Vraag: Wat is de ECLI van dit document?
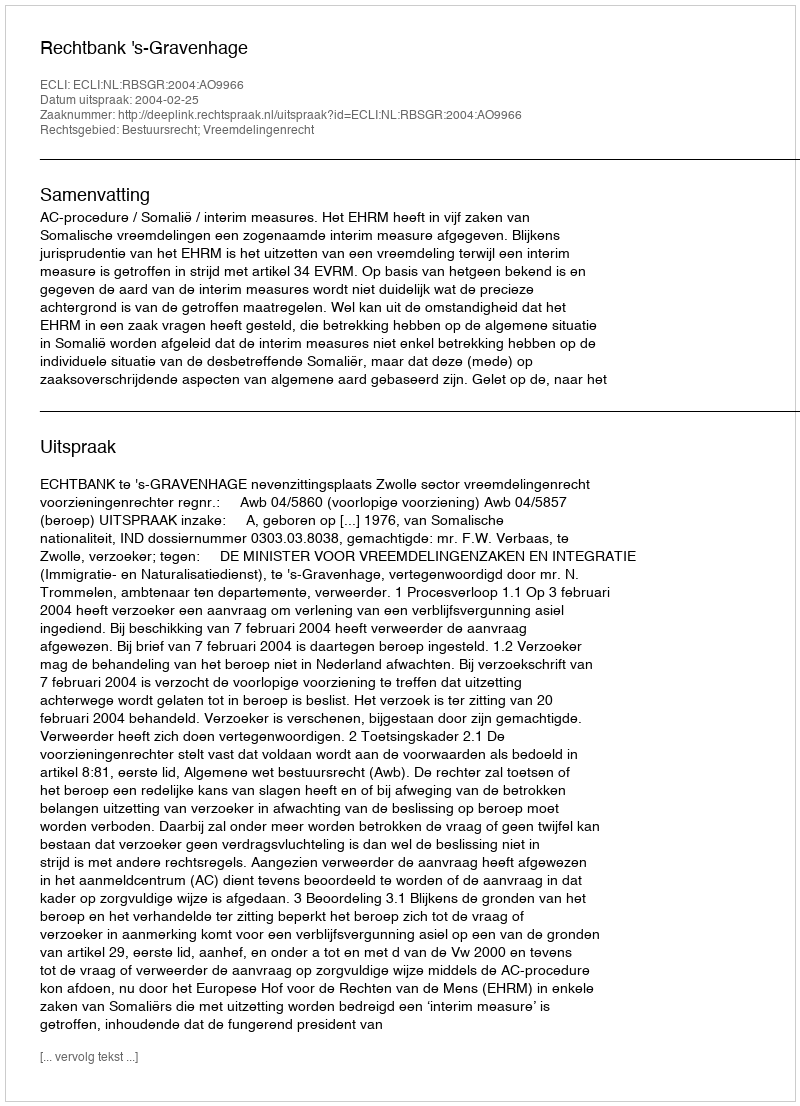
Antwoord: ECLI:NL:RBSGR:2004:AO9966